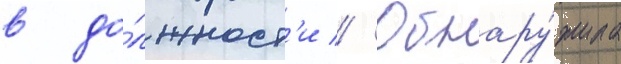
в до́лжност'и // Обнару́жила